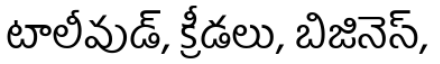
టాలీవుడ్, క్రీడలు, బిజినెస్,